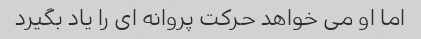
اما او می خواهد حرکت پروانه ای را یاد بگیرد